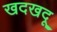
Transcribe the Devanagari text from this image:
खदखदू